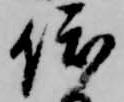
依